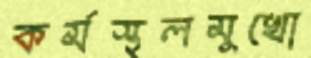
কর্মস্থলমুখো